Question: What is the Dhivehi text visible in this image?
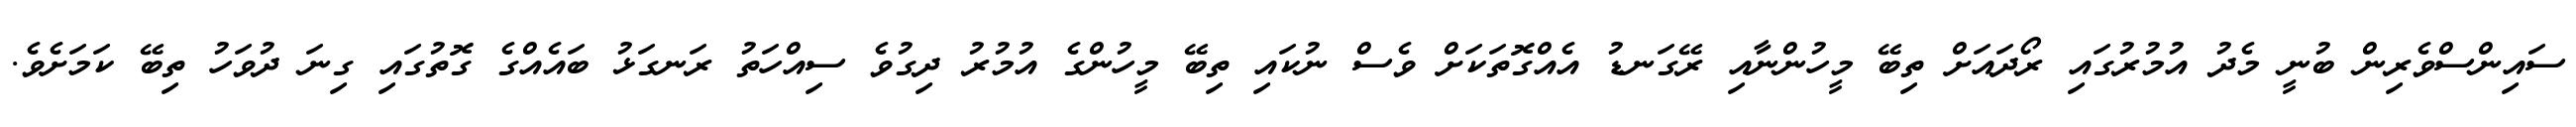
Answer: ސައިންސްވެރިން ބުނީ މެދު އުމުރުގައި ރޯދައަށް ތިބޭ މީހުންނާއި ރޭގަނޑު އެއްގޮތަކަށް ވެސް ނުކައި ތިބޭ މީހުންގެ އުމުރު ދިގުވެ ސިއްހަތު ރަނގަޅު ބައެއްގެ ގޮތުގައި ގިނަ ދުވަހު ތިބޭ ކަމަށެވެ.